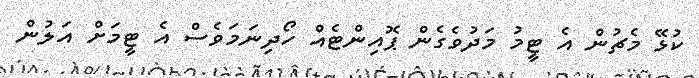
ކުޅޭ މެޗުން އެ ޓީމު މަދުވެގެން ޕޮއިންޓެއް ހޯދިނަމަވެސް އެ ޓީމަށް އަލުން